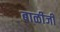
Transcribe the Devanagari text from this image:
बाळीजी